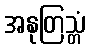
အနုတြသ္တံ